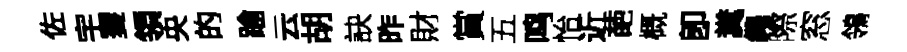
佐宇䨥領央的踰云胡訣昨財賞五鸣怡近葩概卽糞繩際窓鴒